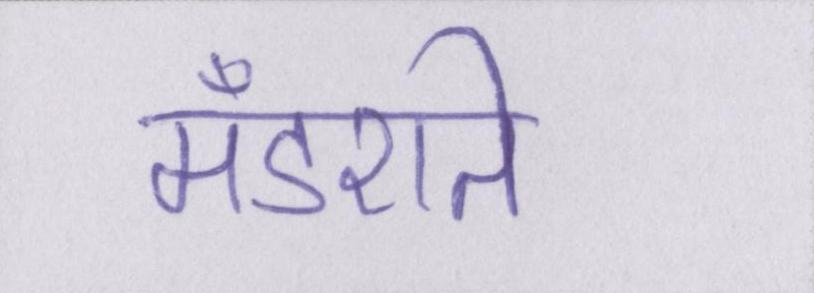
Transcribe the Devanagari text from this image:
मँडराते